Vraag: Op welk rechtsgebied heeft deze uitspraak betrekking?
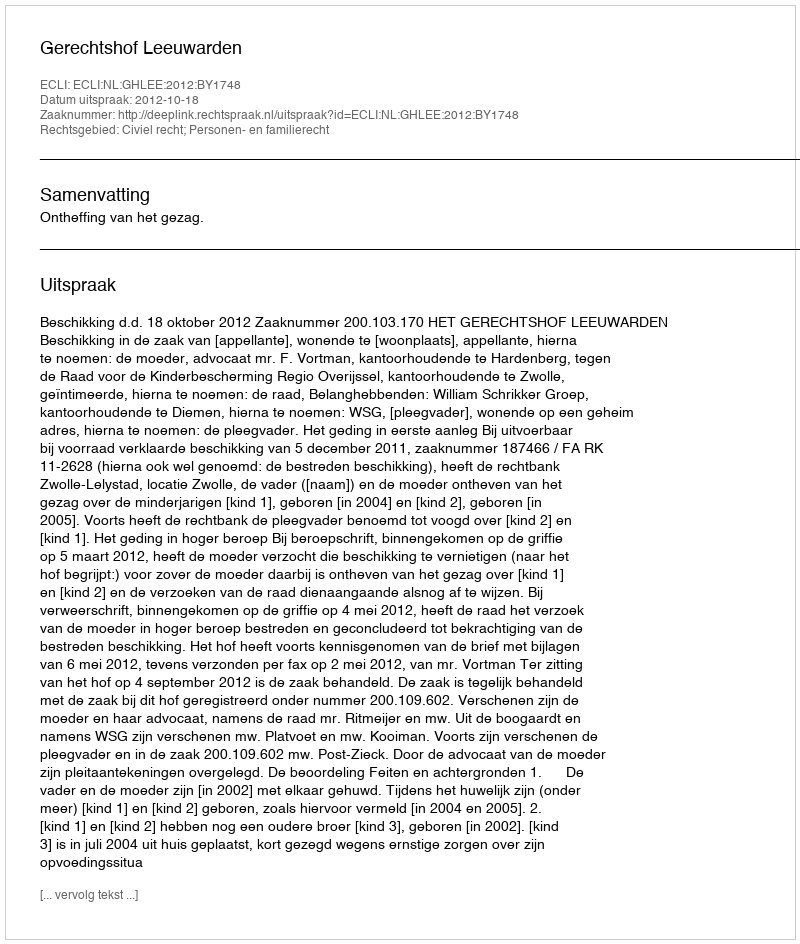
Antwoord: Civiel recht; Personen- en familierecht